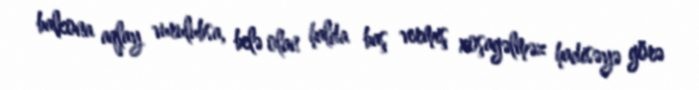
balkona aqlay vurulubsa, belə olan halda baş vermiş xoşagəlməz hadisəyə görə